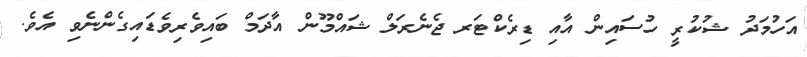
އަހުމަދު ޝުކުރީ ހުސައިން އާއި ޑިރެކްޓަރ ޖެނެރަލް ޝައްމޫން އާދަމް ބައިވެރިވެޑައިގެންނެވި އެވެ.